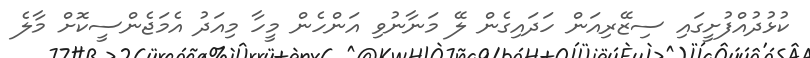
ކުޅުދުއްފުށީގައި ސިޒޭރިއަން ހަދައިގެން ލޭ މަނާނުވި އަންހެން މީހާ މިއަދު އެމަޖެންސީކޮށް މާލެ